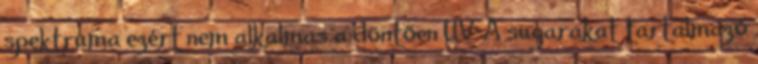
spektruma ezért nem alkalmas a döntően UV-A sugarakat tartalmazó